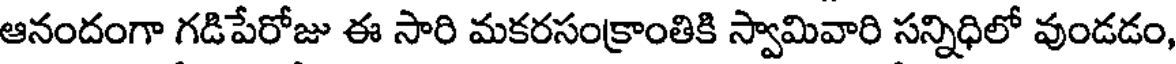
ఆనందంగా గడిపేరోజు ఈ సారి మకరసంక్రాంతికి స్వామివారి సన్నిధిలో వుండడం,